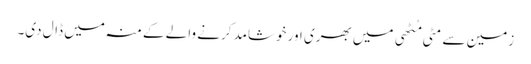
زمین سے مٹی مُٹھی میں بھری اور خوشامد کرنے والے کے منہ میں ڈال دی۔